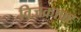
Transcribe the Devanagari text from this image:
विजक्राफ्ट